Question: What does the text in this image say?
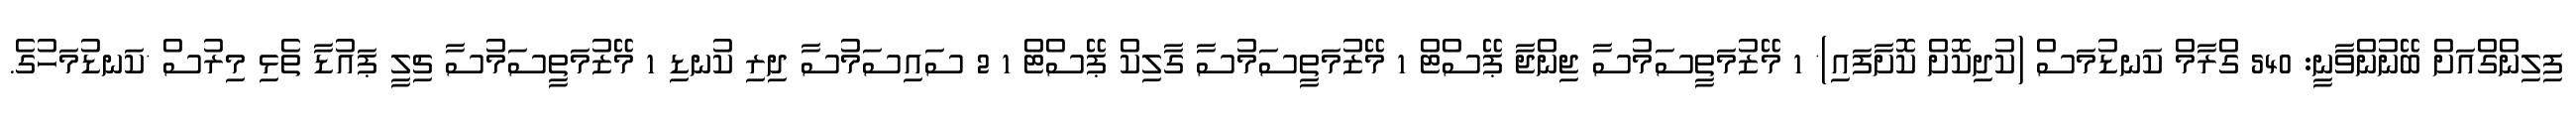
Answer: ފިލިންގްއަށް ބޭނުންވާނީ: 540 ގްރާމް ކަނޑުމަސް (ކުދިކޮށް ކޮށާފައި)* 1 މޭޒުމަތީސަމުސާ ޖިންޖާ ޕޭސްޓް 1 މޭޒުމަތީސަމުސާ ގާލިކް ޕޭސްޓް 1 2 ސައިސަމުސާ ދިރި ކުނޑި 1 މޭޒުމަތީސަމުސާ ޗިލީ ޕައުޑާ ތެޅި މިރުސް *ކަނޑުމަހުގެ.